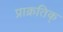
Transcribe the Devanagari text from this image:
प्राक्रतिक्